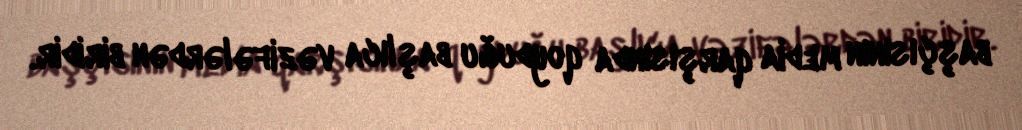
başçısının media qarşısında qoyduğu başlıca vəzifələrdən biridir.